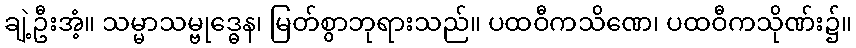
ချဲ့ဦးအံ့။ သမ္မာသမ္ဗုဒ္ဓေန၊ မြတ်စွာဘုရားသည်။ ပထဝီကသိဏေ၊ ပထဝီကသိုဏ်း၌။